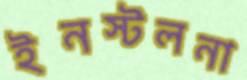
ইনস্টলনা